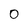
Character: 0